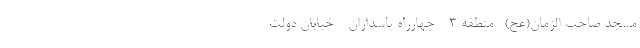
مسجد صاحب الزمان(عج)- منطقه ۳ - چهارراه پاسداران - خیابان دولت -